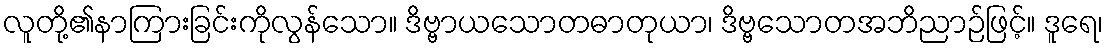
လူတို့၏နာကြားခြင်းကိုလွန်သော။ ဒိဗ္ဗာယသောတဓာတုယာ၊ ဒိဗ္ဗသောတအဘိညာဉ်ဖြင့်။ ဒူရေ၊